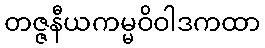
တဇ္ဇနီယကမ္မဝိဝါဒကထာ